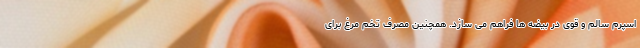
اسپرم سالم و قوی در بیضه ها فراهم می سازد. همچنین مصرف تخم مرغ برای